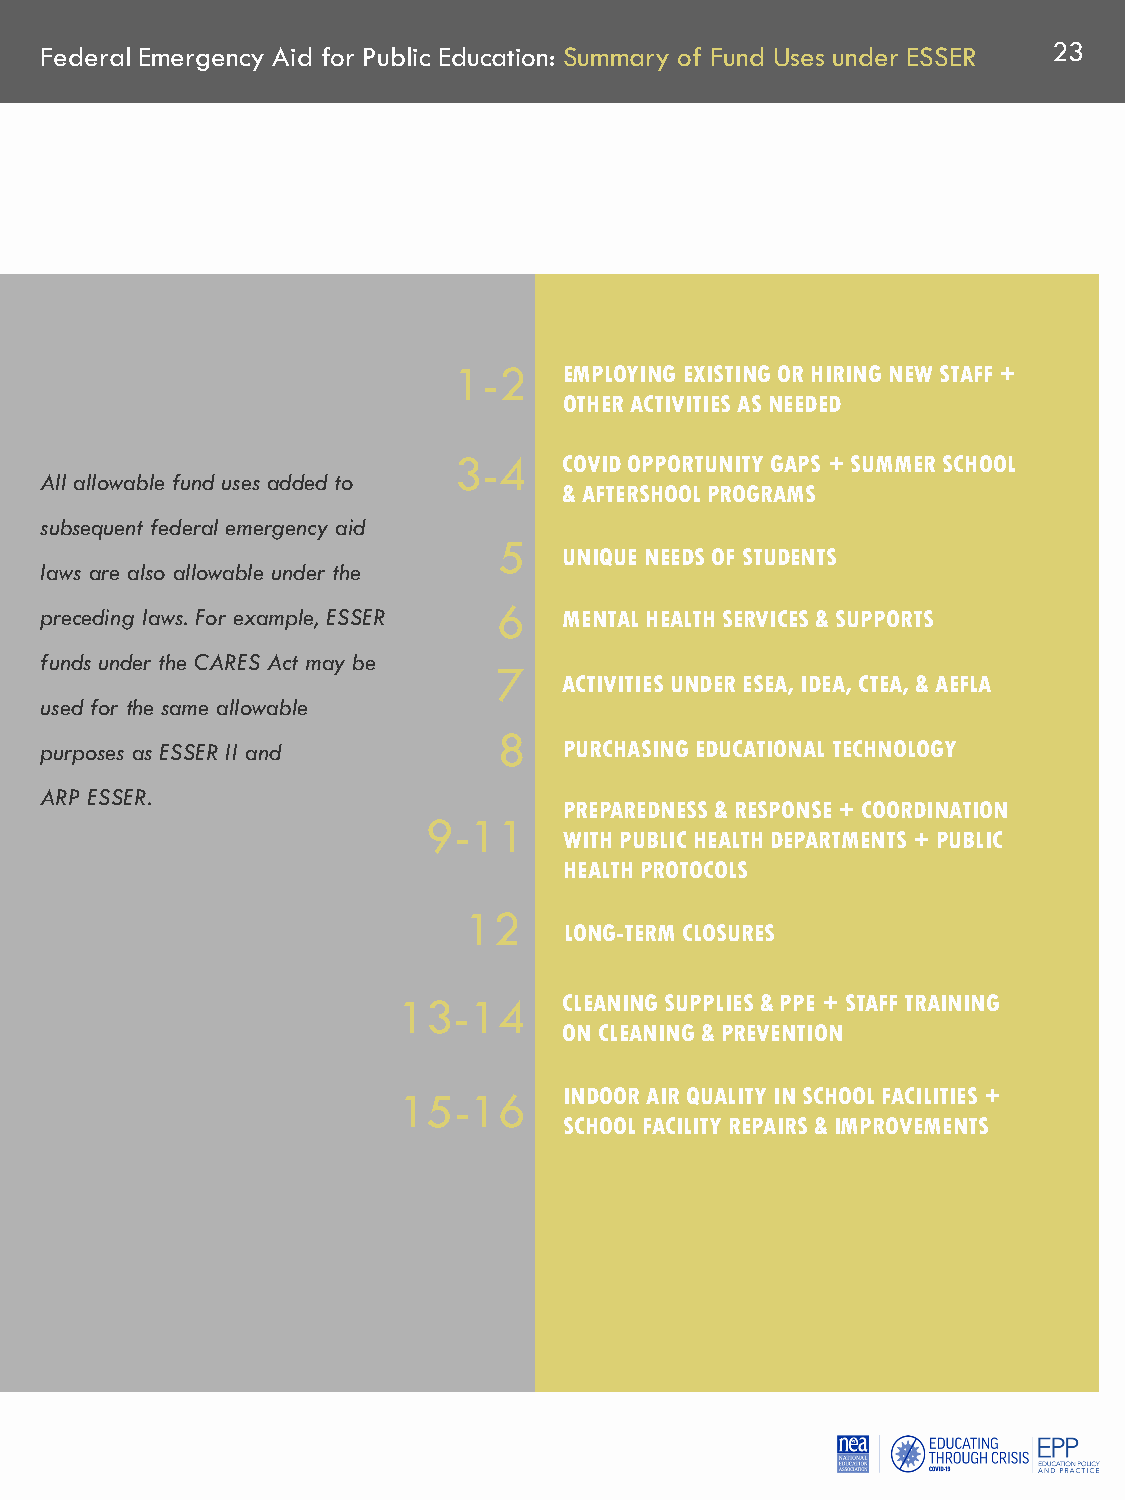
Federal Emergency Aid for Public Education: Summary of Fund Uses under ESSER 23
 1-2    EMPLOYING EXISTING OR HIRING NEW STAFF +
 OTHER ACTIVITIES AS NEEDED
 3-4    COVID OPPORTUNITY GAPS + SUMMER SCHOOL
 All allowable fund uses added to
 & AFTERSHOOL PROGRAMS
 subsequent federal emergency aid
 5
 UNIQUE NEEDS OF STUDENTS
 laws are also allowable under the
 preceding laws. For example, ESSER 6 MENTAL HEALTH SERVICES & SUPPORTS
 funds under the CARES Act may be
 7
 ACTIVITIES UNDER ESEA, IDEA, CTEA, & AEFLA
 used for the same allowable
 8
 purposes as ESSER II and          PURCHASING EDUCATIONAL TECHNOLOGY
 ARP ESSER.
 PREPAREDNESS & RESPONSE + COORDINATION
 9-11
 WITH PUBLIC HEALTH DEPARTMENTS + PUBLIC
 HEALTH PROTOCOLS
 12
 LONG-TERM CLOSURES
 13-14      CLEANING SUPPLIES & PPE + STAFF TRAINING
 ON CLEANING & PREVENTION
 15-16      INDOOR AIR QUALITY IN SCHOOL FACILITIES +
 SCHOOL FACILITY REPAIRS & IMPROVEMENTS